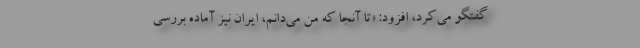
گفتگو می‌کرد، افزود: «تا آنجا که من می‌دانم، ایران نیز آماده بررسی